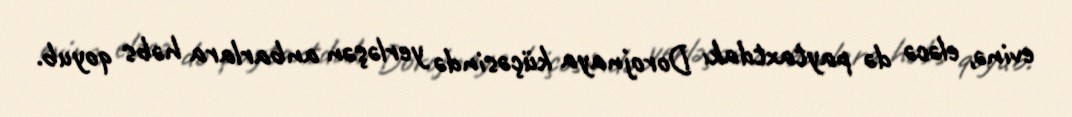
evinə, eləcə də paytaxtdakı Dorojnaya küçəsində yerləşən anbarlara həbs qoyub.